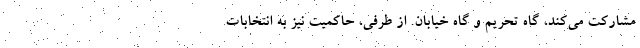
مشارکت می‌کند، گاه تحریم و گاه خیابان. از طرفی، حاکمیت نیز به انتخابات